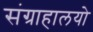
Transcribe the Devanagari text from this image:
संग्राहालयो